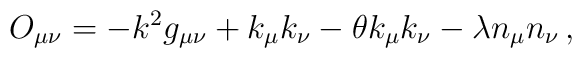
O_{\mu \nu }=-k^{2}g_{\mu \nu }+k_{\mu }k_{\nu }-\theta k_{\mu }k_{\nu}-\lambda n_{\mu }n_{\nu }\,,